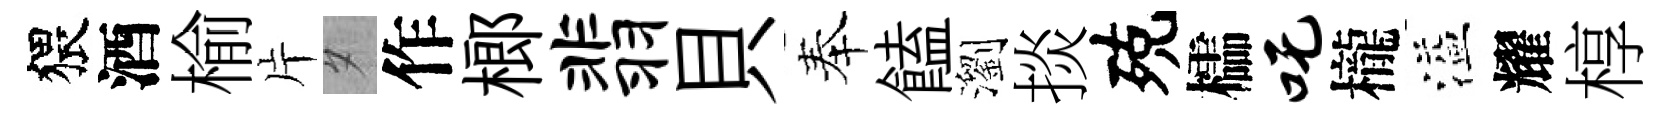
猥酒榆片夕作榔翡貝奉饁瀏掞殑櫺吒櫳溢耀椁